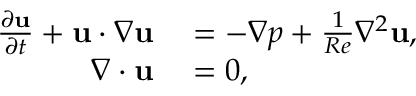
\begin{array} { r l } { \frac { \partial \mathbf { u } } { \partial { t } } + \mathbf { u } \cdot \nabla \mathbf { u } } & { { } = - \nabla { p } + \frac { 1 } { R e } \nabla ^ { 2 } \mathbf { u } , } \\ { \nabla \cdot \mathbf { u } } & { { } = 0 , } \end{array}